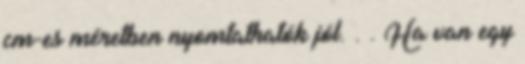
cm-es méretben nyomtathatók jól. . . Ha van egy